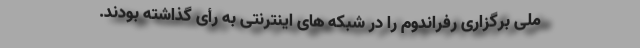
ملی برگزاری رفراندوم را در شبکه های اینترنتی به رأی گذاشته بودند.